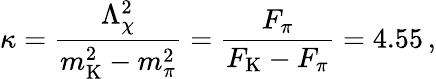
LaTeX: \kappa=\frac{\Lambda_{\chi}^{2}}{m_{\mathrm{K}}^{2}-m_{\pi}^{2}}=\frac{F_{\pi}}{F_{\mathrm{K}}-F_{\pi}}=4.55\, ,